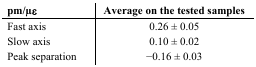
| pm/μɛ | Average on the tested samples |
 | --- | --- |
 | Fast axis | 0.26 ± 0.05 |
 | Slow axis | 0.10 ± 0.02 |
 | Peak separation | −0.16 ± 0.03 |